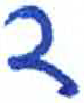
אות: ד